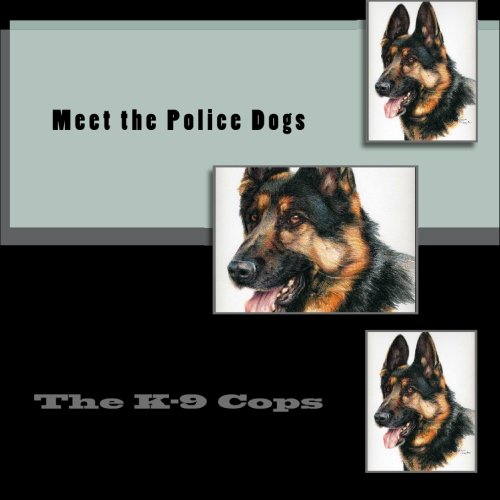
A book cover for Meet the Police Dogs: The K-9 Cop; Christy Judah; Children's Books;